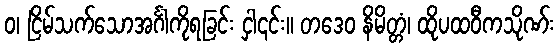
ဝ၊ ငြိမ်သက်သောအင်္ဂါကိုရခြင်း ငှါ၎င်း။ တဒေဝ နိမိတ္တံ၊ ထိုပထဝီကသိုဏ်း